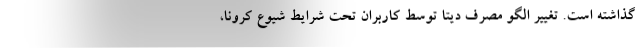
گذاشته است. تغییر الگو مصرف دیتا توسط کاربران تحت شرایط شیوع کرونا،